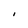
Character: I